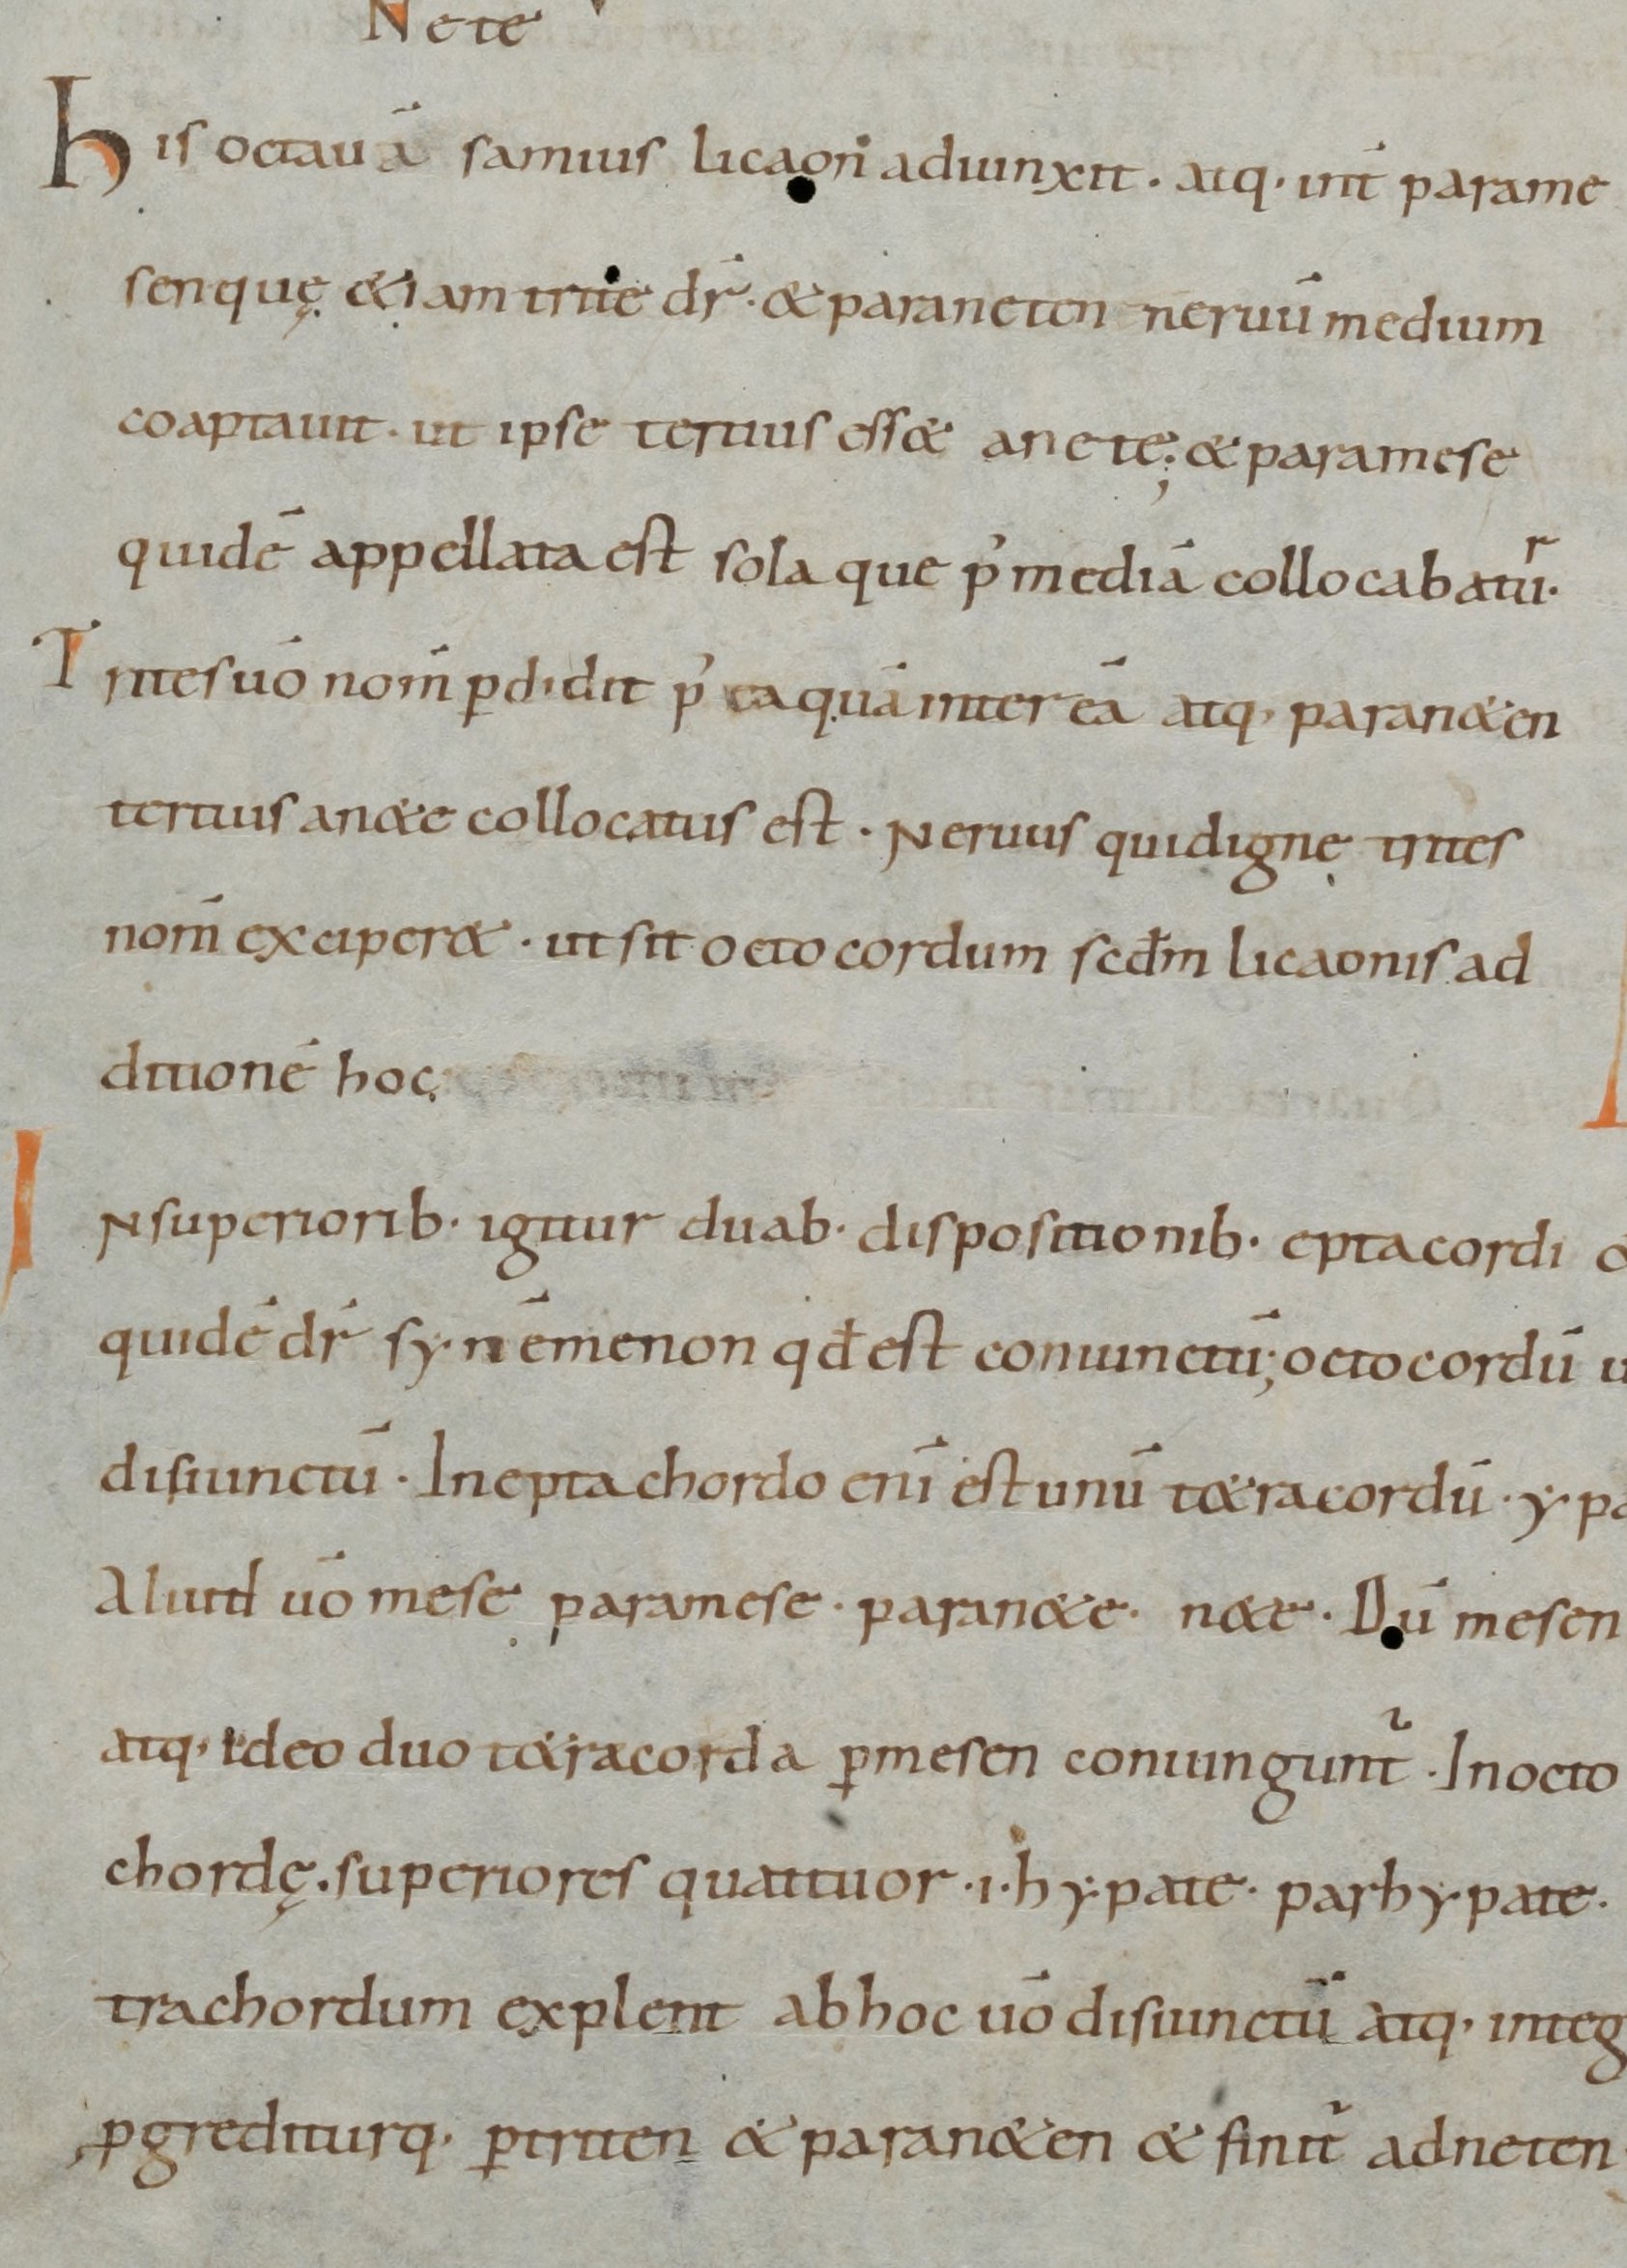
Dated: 965–975